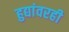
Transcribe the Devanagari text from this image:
हुद्यांवरही